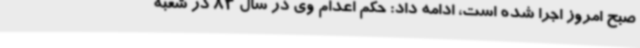
صبح امروز اجرا شده است، ادامه داد: حکم اعدام وی در سال 83 در شعبه